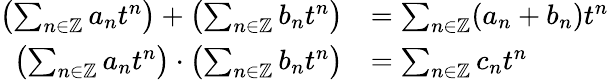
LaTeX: \begin{array}{rl}{\left(\sum_{n\in\mathbb{Z}}a_{n}t^{n}\right)+\left(\sum_{n\in\mathbb{Z}}b_{n}t^{n}\right)}&{=\sum_{n\in\mathbb{Z}}(a_{n}+b_{n})t^{n}}\\ {\left(\sum_{n\in\mathbb{Z}}a_{n}t^{n}\right)\cdot\left(\sum_{n\in\mathbb{Z}}b_{n}t^{n}\right)}&{=\sum_{n\in\mathbb{Z}}c_{n}t^{n}}\end{array}